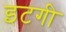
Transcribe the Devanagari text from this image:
इटगी